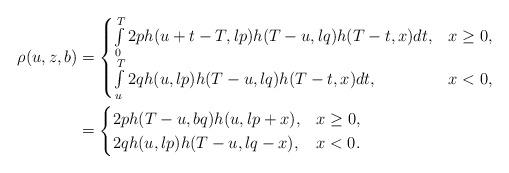
LaTeX: \begin{align*}\rho(u, z, b)&=\begin{cases}\int\limits_{0}^{T} 2ph(u+t-T, lp)h(T-u, lq)h(T-t, x)dt,& x\geq 0,\\\int\limits_{u}^{T} 2qh(u, lp)h(T-u, lq)h(T-t, x)dt,& x<0,\end{cases}\\&=\begin{cases}2ph(T-u, bq)h(u, lp+x),& x\geq 0,\\2qh(u, lp)h(T-u, lq-x), & x< 0.\end{cases}\end{align*}